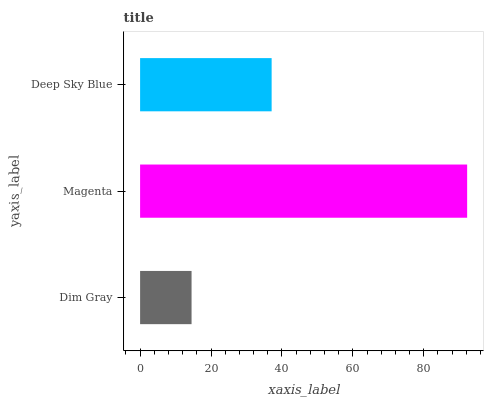
| yaxis_label | bars |
 | --- | --- |
 | Dim Gray | 14.5 |
 | Magenta | 92.2 |
 | Deep Sky Blue | 37.1 |